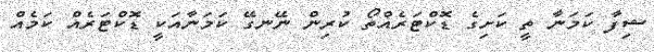
ޝިފާ ކަމަނާ ތީ ކަށިގެ ޑޮކްޓަރެއްތޯ ކުރިން ނޭނގޭ ކަމަނާއަކީ ޑޮކްޓަރެއް ކަމެއް